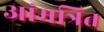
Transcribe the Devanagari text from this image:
आंमत्रित